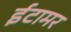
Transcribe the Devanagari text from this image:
ईटामर